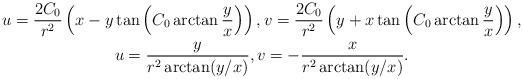
LaTeX: \begin{gather*}u=\frac{2C_0}{r^2}\left(x-y\tan\left(C_0\arctan\frac yx\right)\right), v=\frac{2C_0}{r^2}\left(y+x\tan\left(C_0\arctan\frac yx\right)\right),\\u=\frac y{r^2\arctan(y/x)},v=-\frac x{r^2\arctan(y/x)}.\end{gather*}